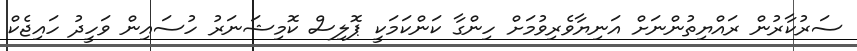
ސަރުކާރުން ރައްޔިތުންނަށް އަނިޔާވެރިވުމަށް ހިންގާ ކަންކަމަކީ ޕޮލިސް ކޮމިޝަނަރު ހުސައިން ވަހީދު ހައިޖެކް